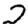
Digit: 2